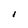
Character: I